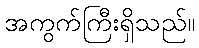
အကွက်ကြီးရှိသည်။